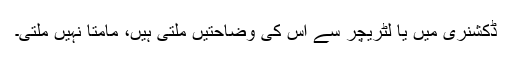
ڈکشنری میں یا لٹریچر سے اس کی وضاحتیں ملتی ہیں، مامتا نہیں ملتی۔